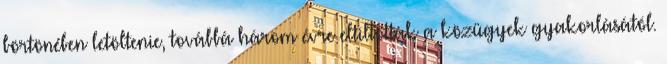
börtönében letöltenie, továbbá három évre eltiltották a közügyek gyakorlásától.